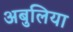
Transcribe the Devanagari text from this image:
अबुलिया